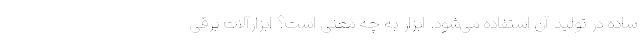
ساده در تولید آن استفاده می‌شود. ابزار به چه معنی است؟ ابزارآلات برقی